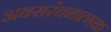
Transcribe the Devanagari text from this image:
अवसरंचनात्मक